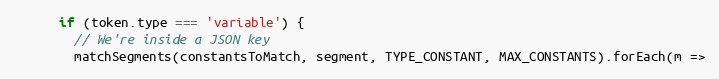
Language: JavaScript
      if (token.type === 'variable') {
        // We're inside a JSON key
        matchSegments(constantsToMatch, segment, TYPE_CONSTANT, MAX_CONSTANTS).forEach(m =>